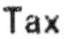
TAX